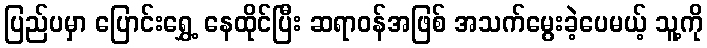
ပြည်ပမှာ ပြောင်းရွှေ့ နေထိုင်ပြီး ဆရာဝန်အဖြစ် အသက်မွေးခဲ့ပေမယ့် သူ့ကို